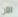
الآن